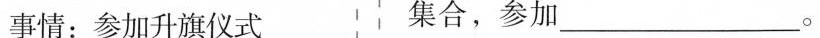
事情：参加升旗仪式 集合，参加___。